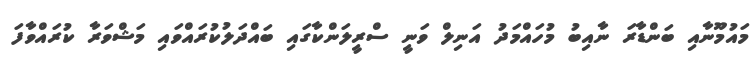
މައުމޫނާއި ބަންޑާރަ ނާއިބު މުހައްމަދު އަނިލް ވަނީ ސްރީލަންކާގައި ބައްދަލުކުރައްވައި މަޝްވަރާ ކުރައްވާފަ